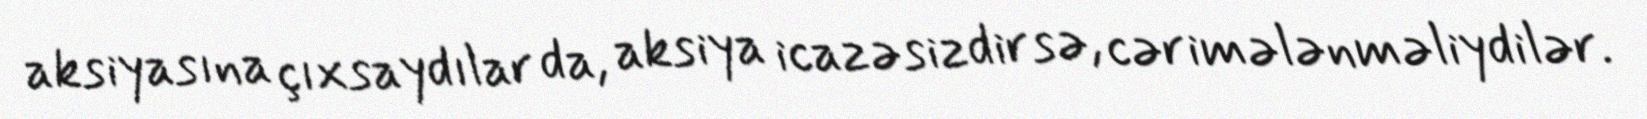
aksiyasına çıxsaydılar da, aksiya icazəsizdirsə, cərimələnməliydilər.